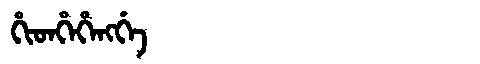
Manchu: ᡥᡳᡨᡥᡝᡥᡝᠩᡤᡝ
Romanization: HITHEHENGGE